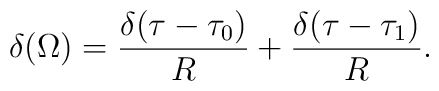
\delta(\Omega)={\delta(\tau-\tau_{0}) \over R} +{\delta(\tau-\tau_{1}) \over R }.